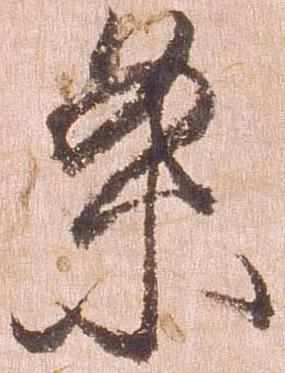
条